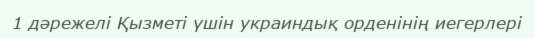
1 дәрежелі Қызметі үшін украиндық орденінің иегерлері